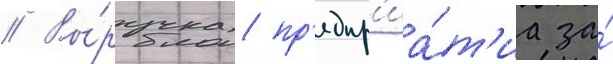
// Вы́ручка пр'едпр'иа́т'иа за́